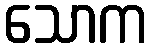
သောက